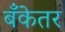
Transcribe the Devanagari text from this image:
बँकेतर